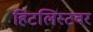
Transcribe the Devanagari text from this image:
हिटलिस्टवर